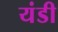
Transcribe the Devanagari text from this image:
यंडी